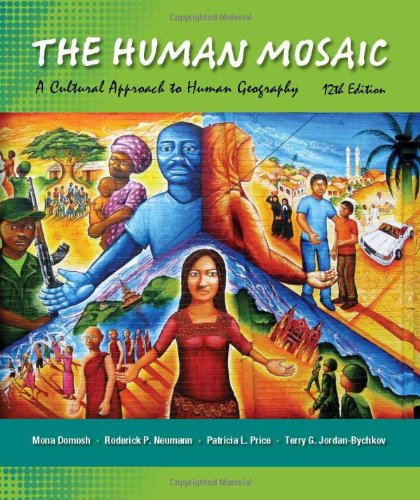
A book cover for The Human Mosaic: A Cultural Approach to Human Geography; Mona Domosh; Politics & Social Sciences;